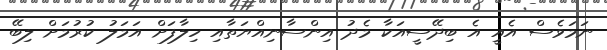
ނަމަވެސް އެއީ އެ ބިދޭސީއަކާ މެދު އިންސާނިއްޔަތާއި ހިލާފަށް އަމަލު ކުރުމަށް ލިބޭ